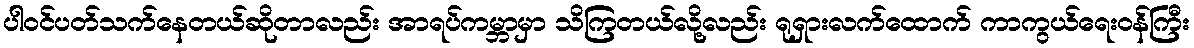
ပါဝင်ပတ်သက်နေတယ်ဆိုတာလည်း အာရပ်ကမ္ဘာမှာ သိကြတယ်လို့လည်း ရုရှားလက်ထောက် ကာကွယ်ရေးဝန်ကြီး